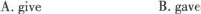
A.give B. gave